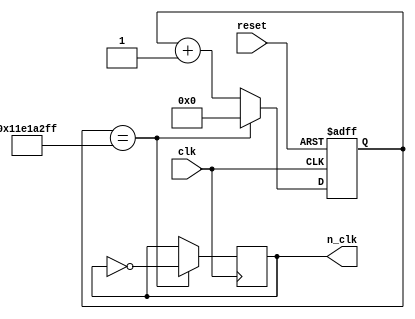
`timescale 1ns/1ps

module secondCounter(
	input clk,reset,
	output reg n_clk
);
	

	localparam constant = 300000000;
	reg [31:0] counter;
	initial begin
		counter = 0;
	end

	always @(posedge(clk), posedge(reset))
	begin
		if(reset)
		begin
			counter <= 0;
		end
		else if (counter == constant -1 )
			counter <= 0;
		else 
			counter <= counter + 1'b1;


	end

	always @ (posedge (clk))
	begin
		if (counter == constant -1 )
			n_clk <= ~n_clk;
		else 
			n_clk <= n_clk;
	end




endmodule